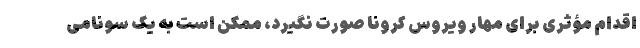
اقدام مؤثری برای مهار ویروس کرونا صورت نگیرد، ممکن است به یک سونامی